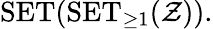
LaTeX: \operatorname{SET}(\operatorname{SET}_{\geq 1}({\mathcal{Z}})).